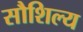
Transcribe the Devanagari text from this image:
सौशिल्य